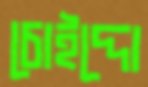
চোইদ্দো